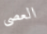
العصى